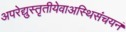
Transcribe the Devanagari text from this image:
अपरेद्युस्तृतीयेवाअस्थिसंचयनं